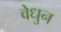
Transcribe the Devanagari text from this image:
वेधुन